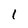
Character: 1